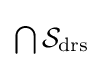
{\textstyle \bigcap {\mathcal {S}}_{\text{drs}}}